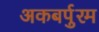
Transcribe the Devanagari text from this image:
अकबर्पुरम